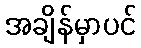
အချိန်မှာပင်